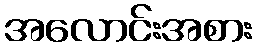
အလောင်းအစား